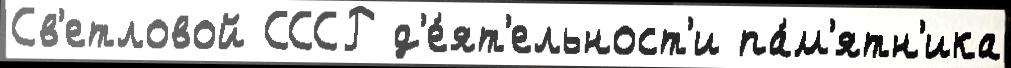
Св'етловой СССР д'е́ят'ельност'и па́м'ятн'ика